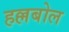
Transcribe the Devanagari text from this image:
हल्लबोल